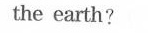
the earth?